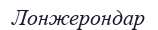
Лонжерондар